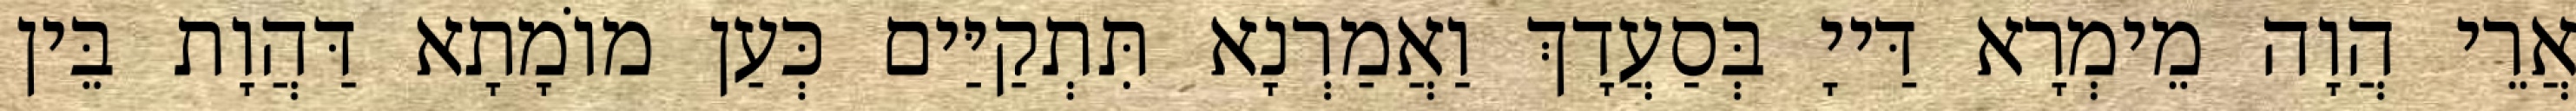
אֲרֵי הֲוָה מֵימְרָא דַּייָ בְּסַעֲדָךְ וַאֲמַרְנָא תִּתְקַיַּים כְּעַן מוֹמָתָא דַּהֲוָת בֵּין